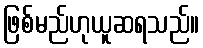
ဖြစ်မည်ဟုယူဆရသည်။